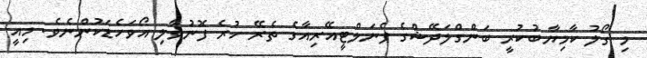
މި ގޯލު ކާމިޔާބުކުރީ ބަންގްލަދޭޝްގެ ޕެނަލްޓީއޭރިއާގެ ތެރޭ ހުރެ ފޮނުވާލި އޯވަހެޑަކުންނެވެ. މިއީ